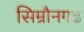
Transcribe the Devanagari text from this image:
सिम्रौनगढ